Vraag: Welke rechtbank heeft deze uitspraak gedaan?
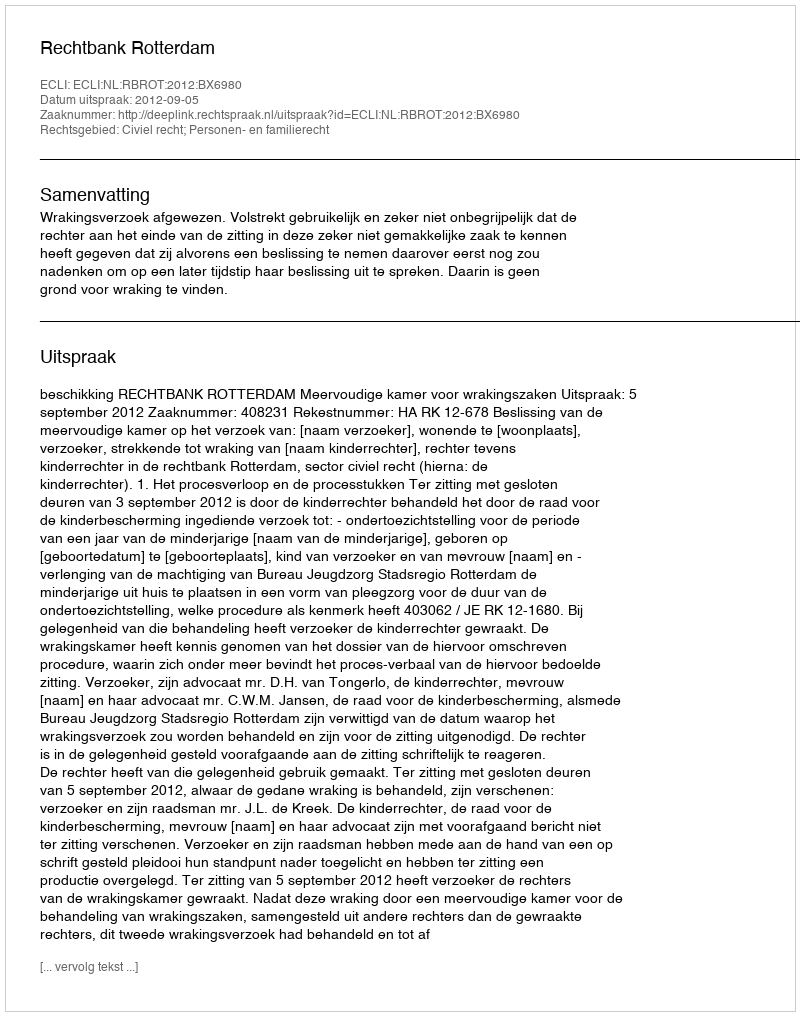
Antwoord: Rechtbank Rotterdam